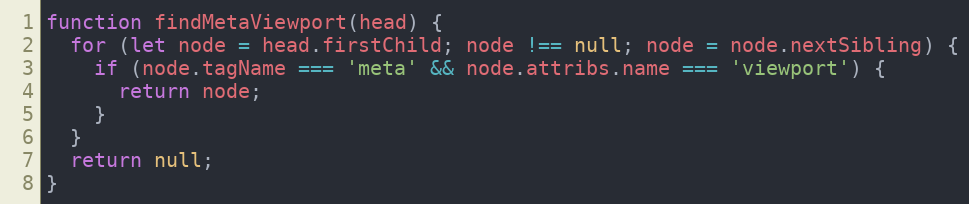
Language: JavaScript
function findMetaViewport(head) {
  for (let node = head.firstChild; node !== null; node = node.nextSibling) {
    if (node.tagName === 'meta' && node.attribs.name === 'viewport') {
      return node;
    }
  }
  return null;
}